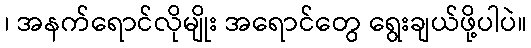
၊ အနက်ရောင်လိုမျိုး အရောင်တွေ ရွေးချယ်ဖို့ပါပဲ။